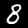
Label: 8